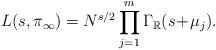
LaTeX: \begin{align*}L(s,\pi_\infty) = N^{s/2} \prod_{j=1}^m \Gamma_\mathbb{R}(s \!+\! \mu_j).\end{align*}